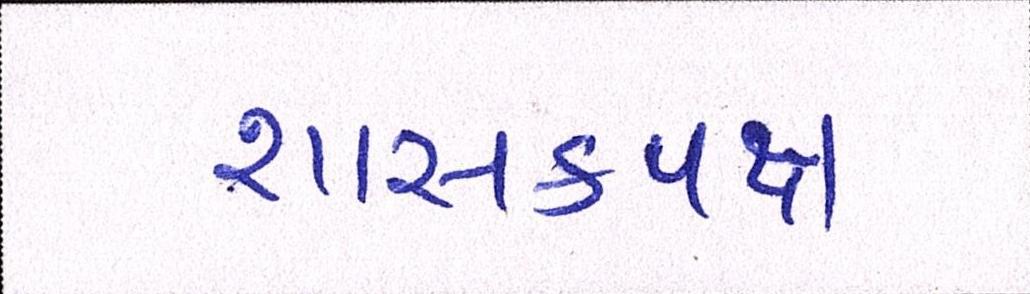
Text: શાસકપક્ષ